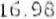
16.98